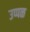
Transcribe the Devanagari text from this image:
उप्पळ